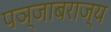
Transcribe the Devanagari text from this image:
पञ्जाबराज्य